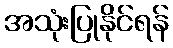
အသုံးပြုနိုင်ရန်